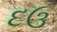
દઉ